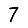
Digit: 7